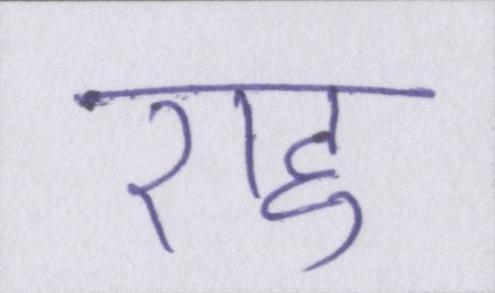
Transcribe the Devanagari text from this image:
राहु